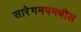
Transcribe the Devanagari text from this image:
सारेगमपमधील